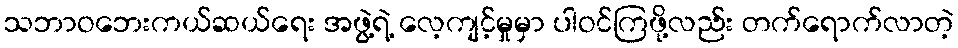
သဘာဝဘေးကယ်ဆယ်ရေး အဖွဲ့ရဲ့ လေ့ကျင့်မှုမှာ ပါဝင်ကြဖို့လည်း တက်ရောက်လာတဲ့